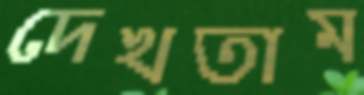
দেখতাম